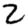
Digit: 2